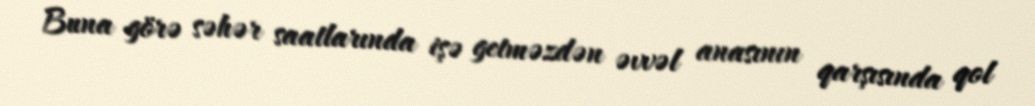
Buna görə səhər saatlarında işə getməzdən əvvəl anasının qarşısında qol